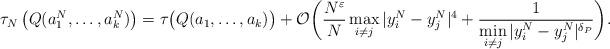
LaTeX: \begin{align*}\tau_N\left( Q(a_1^N,\dots,a_k^N)\right) = \tau\big( Q(a_1,\dots,a_k) \big) + \mathcal{O}\bigg( \frac{N^\varepsilon}{N}\max\limits_{i\neq j} | y_i^N-y_j^N |^4 + \frac{1}{\min\limits_{i\neq j} | y_i^N-y_j^N |^{\delta_P}}\bigg). \end{align*}